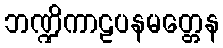
ဘဏ္ဍိကာဠပနမတ္တေန